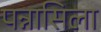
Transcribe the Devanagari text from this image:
पन्नासिला